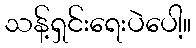
သန့်ရှင်းရေးပဲပေါ့။